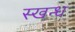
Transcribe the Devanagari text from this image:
स्खन्ध